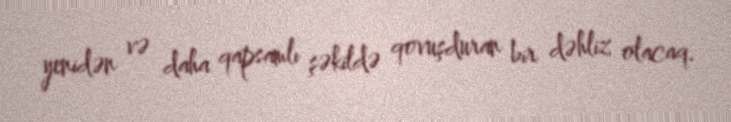
yenidən və daha qapsamlı şəkildə qovuşduran bir dəhliz olacaq.